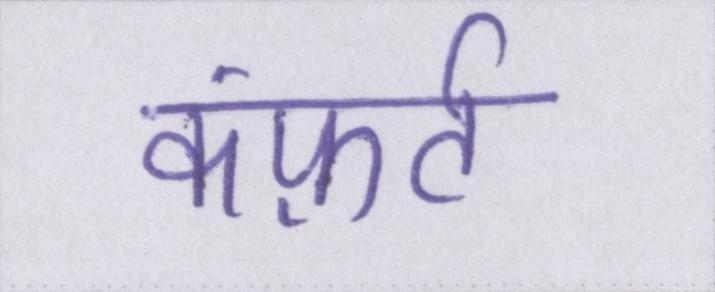
कंफ़र्ट